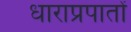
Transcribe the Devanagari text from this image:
धाराप्रपातों